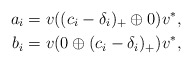
\begin{align*}a_i &=v((c_i-\delta_i)_+\oplus 0)v^*,\\b_i &=v(0\oplus (c_i-\delta_i)_+)v^*,\end{align*}